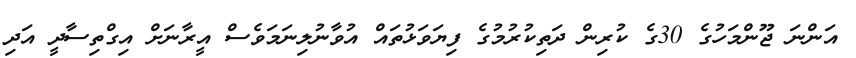
އަންނަ ޖޫންމަހުގެ 30ގެ ކުރިން ދަތިކުރުމުގެ ފިޔަވަޅުތައް އުވާނުލިނަމަވެސް އީރާނަށް އިގްތިސާދީ އަދި